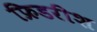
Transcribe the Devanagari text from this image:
फ्रिडरीश